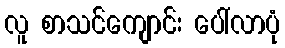
လူ စာသင်ကျောင်း ပေါ်လာပုံ